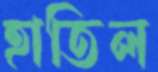
হাতিল